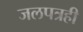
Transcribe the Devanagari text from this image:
जलपत्रही